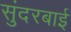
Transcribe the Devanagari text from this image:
सुंदरबाई